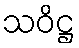
သဝိဋ္ဌ